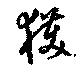
獲